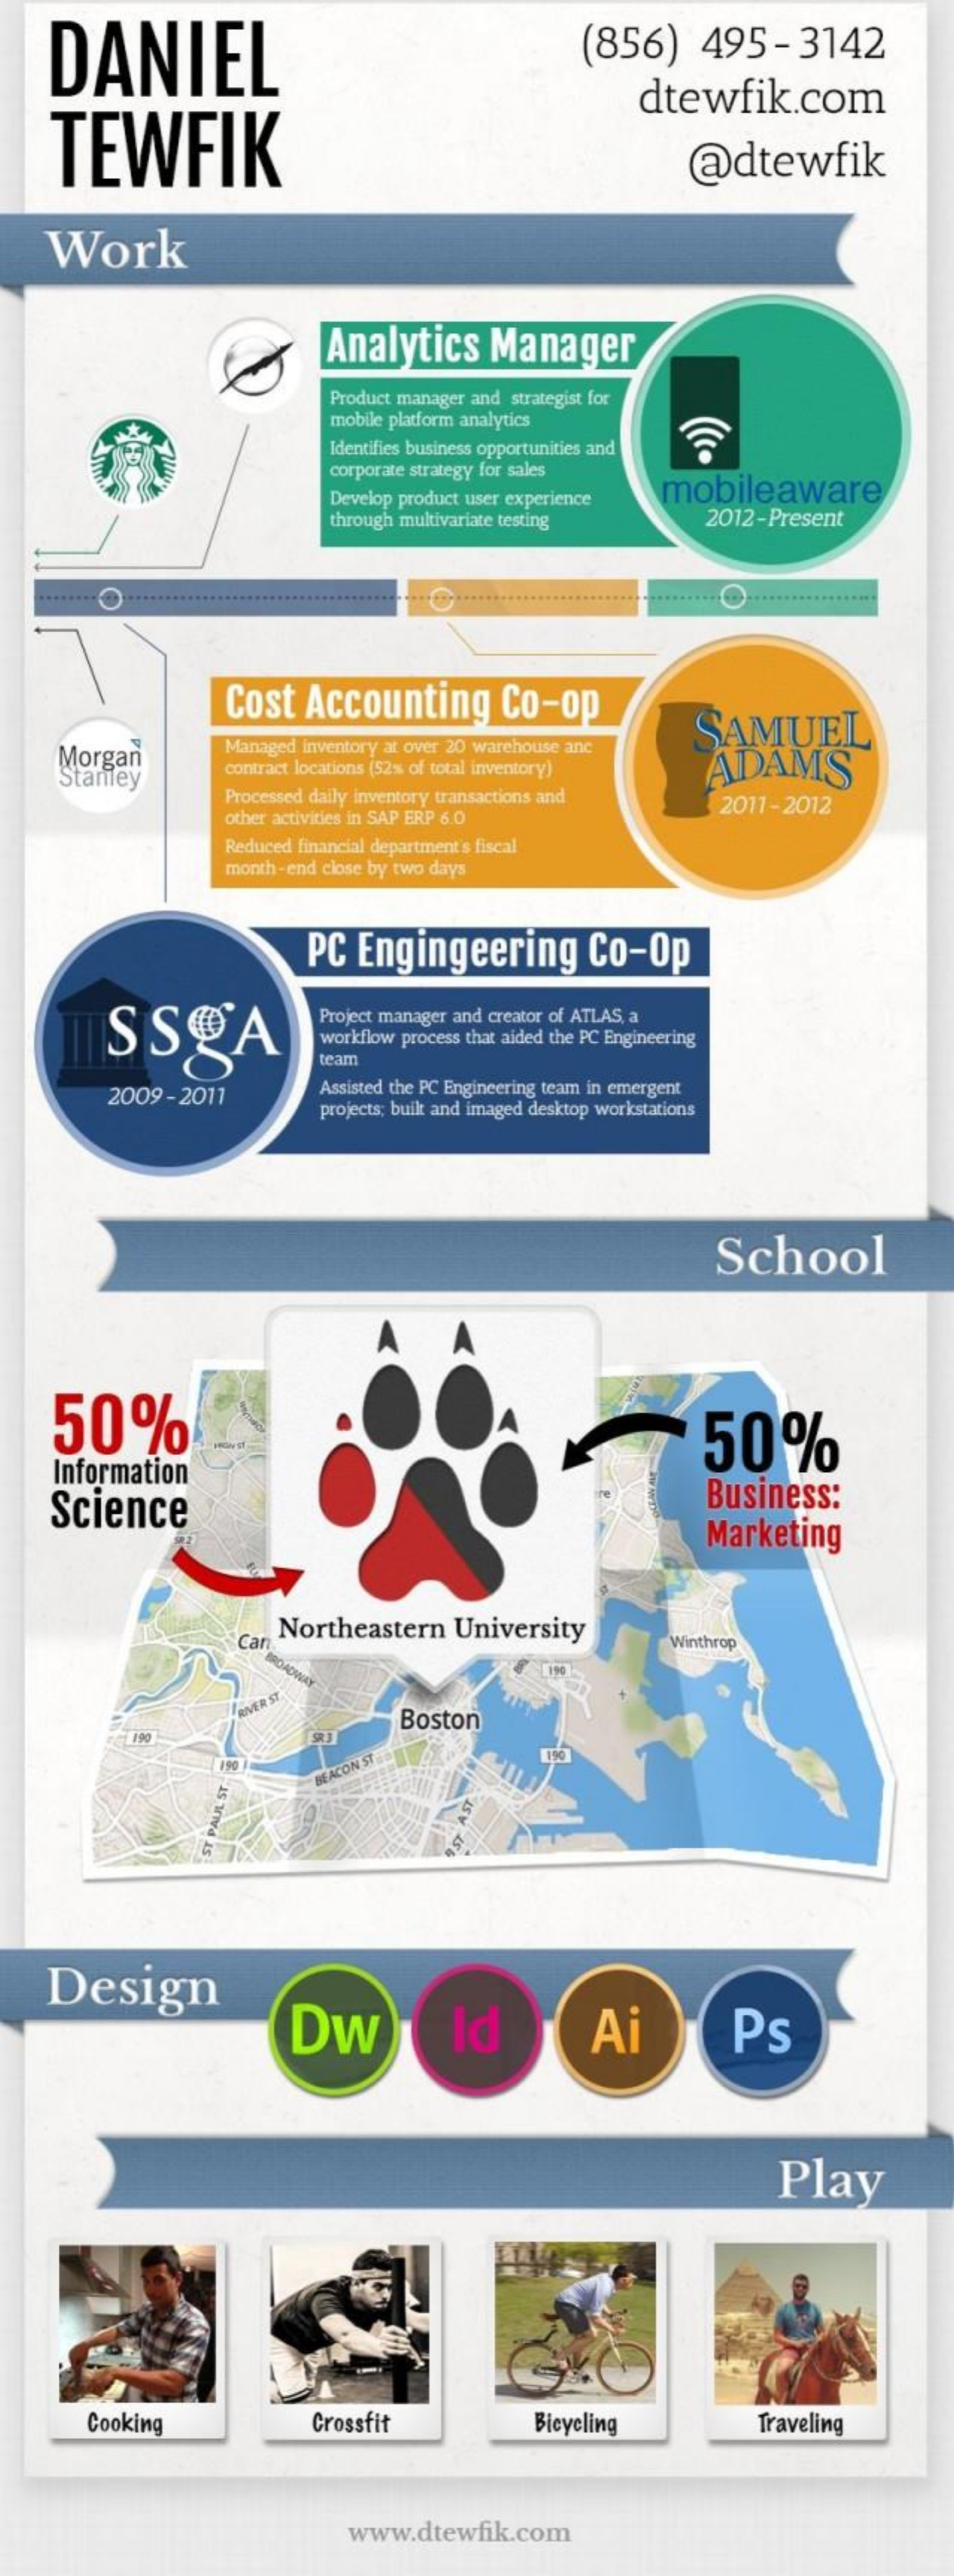
DANIEL    (856)    495-3142
     TEWFIK
     dtewfik.com
     @dtewfik
    Work
     Analytics   Manager
     Product manager and strategist for
     mobile platform analytics
     Identifies business opportunities and
     corporate strategy for sales
     Develop product user experience mobileaware
     through multivariate testing  2012-Present
     .......... ................
     Cost  Accounting    Co-op
     SAMUEL
     Morgan    Managed inventory at over 20 warehouse anc
     Stanley
     contract locations (52% of total inventory) ADAMS
     Processed daily inventory transactions and
     other activities in SAP ERP 6.0
     2011 -2012
     Reduced financial department's fiscal
     month- end close by two days
     PC  Engingeering    Co-Op
     SSCA
     Project manager and creator of ATLAS, a
     workflow process that aided the PC Engineering
     team
     2009 - 2011    Assisted the PC Engineering team in emergent
     projects; built and imaged desktop workstations
     School
    50%    50%
     Information
    Science    Business:
     Marketing
     Can Northeastern University
     Winthrop
     BROADWAY
     RIVER
     ST
     Boston
     190
     BEACON
     STED
     AS
     Trwvd
     Is
     AST
    Design
     Dw    Id    Ai    Ps
     Play
     Cooking    Crossfit    Bicycling    Traveling
     www.dtewfik.com